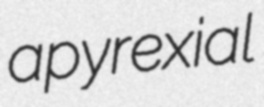
apyrexial